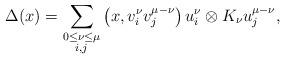
LaTeX: \begin{align*} \Delta(x) = \sum_{\substack{0\leq \nu \leq \mu \\ i,j}} \left(x,v_i^{\nu}v_j^{\mu-\nu}\right)u_i^\nu\otimes K_\nu u_j^{\mu-\nu}, \end{align*}